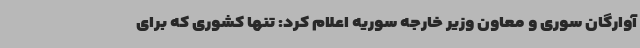
آوارگان سوری و معاون وزیر خارجه سوریه اعلام کرد: تنها کشوری که برای